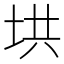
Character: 垬